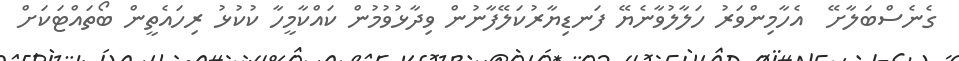
ގެނެސްބަލާށޭ  އެހާމިންވަރު ހަލާލުވާނެޔޭ ފަނޑިޔާރުކަލޭފާނުން ވިދާޅުވުމުން ކައްކާމީހާ ކުކުޅު ރިހައެތީން ބޯތައްޓަކަށް